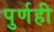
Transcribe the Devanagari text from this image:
पुर्णही